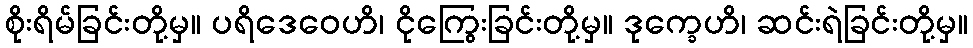
စိုးရိမ်ခြင်းတို့မှ။ ပရိဒေဝေဟိ၊ ငိုကြွေးခြင်းတို့မှ။ ဒုက္ခေဟိ၊ ဆင်းရဲခြင်းတို့မှ။